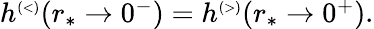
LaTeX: \begin{array}{r}{h^{\scriptscriptstyle(<)}(r_{*}\to 0^{-})=h^{\scriptscriptstyle(>)}(r_{*}\to 0^{+}).}\end{array}